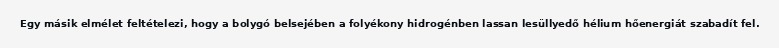
Egy másik elmélet feltételezi, hogy a bolygó belsejében a folyékony hidrogénben lassan lesüllyedő hélium hőenergiát szabadít fel.